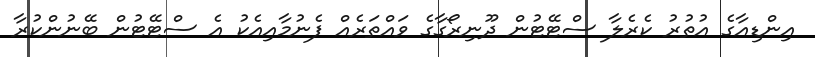
އިންޑިއާގެ އުތުރު ކެރެލާ ސްޓޭޓުން ދޫނިރޯގާގެ ވައްތަރެއް ފެނުމާއިއެކު އެ ސްޓޭޓުން ބޭނުންކުރާ